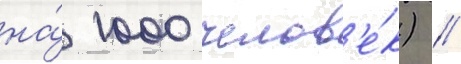
на́ 1000 челов'е́к) //